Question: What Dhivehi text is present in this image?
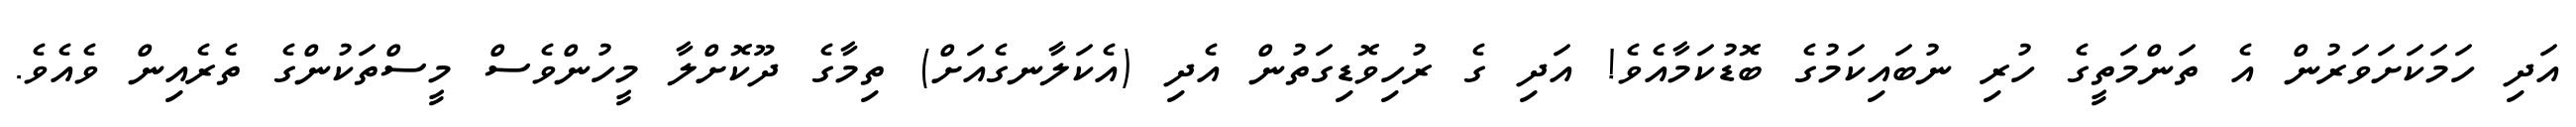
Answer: އަދި ހަމަކަށަވަރުން އެ ތަންމަތީގެ ހުރި ނުބައިކަމުގެ ބޮޑުކަމާއެވެ! އަދި ގެ ރުހިވޮޑިގަތުން އެދި (އެކަލާނގެއަށް) ތިމާގެ ދޫކޮށްލާ މީހުންވެސް މީސްތަކުންގެ ތެރެއިން ވެއެވެ.